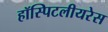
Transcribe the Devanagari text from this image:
हॉस्पिटलीयरेस